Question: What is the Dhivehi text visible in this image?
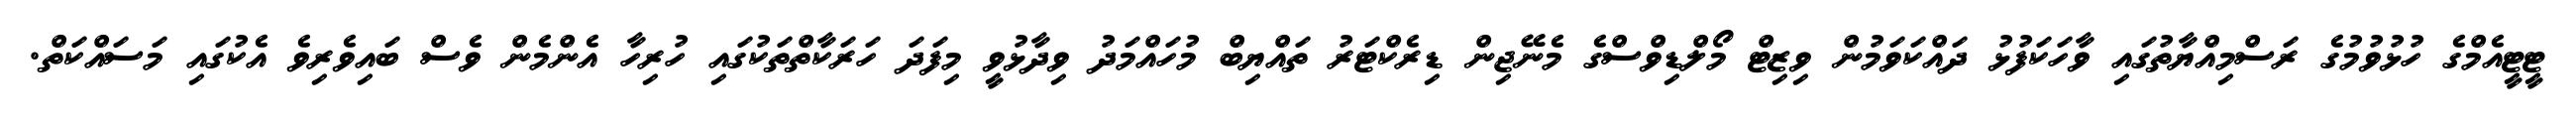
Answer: ޓީޓީއެމްގެ ހުޅުވުމުގެ ރަސްމިއްޔާތުގައި ވާހަކަފުޅު ދައްކަވަމުން ވިޒިޓް މޯލްޑިވްސްގެ މެނޭޖިން ޑިރެކްޓަރު ތައްޔިބް މުހައްމަދު ވިދާޅުވީ މިފަދަ ހަރަކާތްތަކުގައި ހުރިހާ އެންމެން ވެސް ބައިވެރިވެ އެކުގައި މަސައްކަތް.